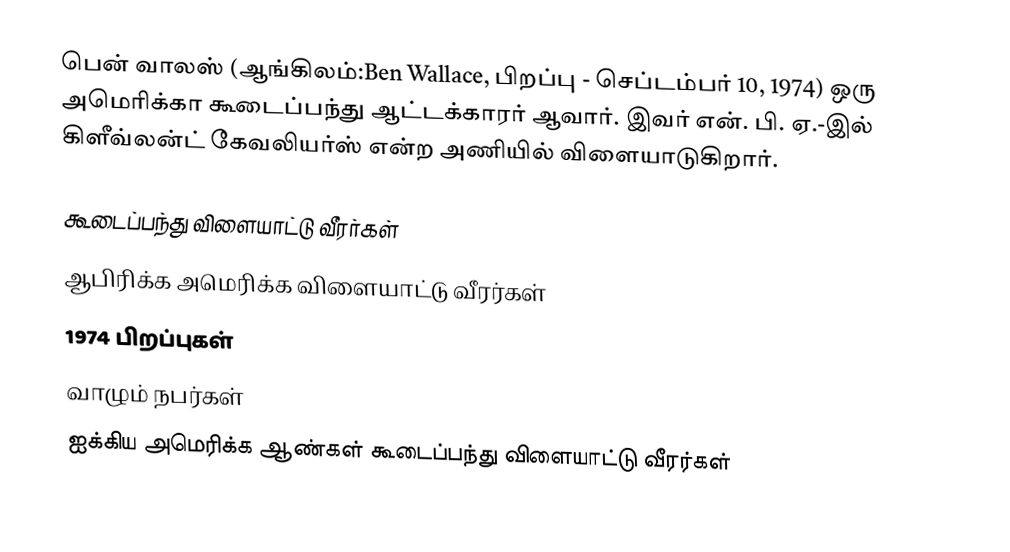
பென் வாலஸ் (ஆங்கிலம்:Ben Wallace, பிறப்பு - செப்டம்பர் 10, 1974) ஒரு அமெரிக்கா கூடைப்பந்து ஆட்டக்காரர் ஆவார். இவர் என். பி. ஏ.-இல் கிளீவ்லன்ட் கேவலியர்ஸ் என்ற அணியில் விளையாடுகிறார்.

கூடைப்பந்து விளையாட்டு வீரர்கள்
ஆபிரிக்க அமெரிக்க விளையாட்டு வீரர்கள்
1974 பிறப்புகள்
வாழும் நபர்கள்
ஐக்கிய அமெரிக்க ஆண்கள் கூடைப்பந்து விளையாட்டு வீரர்கள்